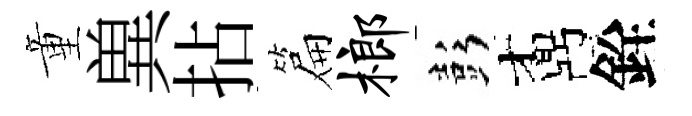
童兾拈篇榔彭鼒銓